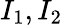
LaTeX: I_{1},I_{2}